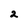
Character: 2